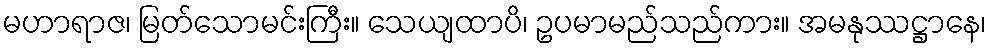
မဟာရာဇ၊ မြတ်သောမင်းကြီး။ သေယျထာပိ၊ ဥပမာမည်သည်ကား။ အမနုဿဋ္ဌာနေ၊